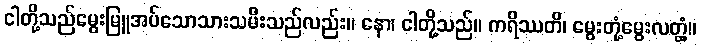
ငါတို့သည်မွေးမြူအပ်သောသားသမီးသည်လည်း။ နော၊ ငါတို့သည်။ ကရိဿတိ၊ မွေးတုံ့မွေးလတ္တံ့။